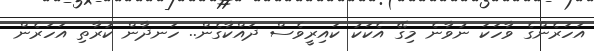
އަހަރެންގެ ވާހަކަ ނުވާނެ މިިގޭ އެކަކު ކައިރީވެސް ދައްކާގެން.. ހަނދާން ކުރާތި އަހަރެން